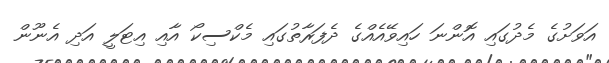
އަވަށުގެ މެދުގައި އޮންނަ ހައިވޭއެއްގެ ދެފަރާތުގައި މެކްސިކޯ އާއި އިޓަލީ އަދި އެނޫން